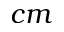
c m